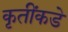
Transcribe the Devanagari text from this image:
कृतींकडे